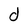
Character: d